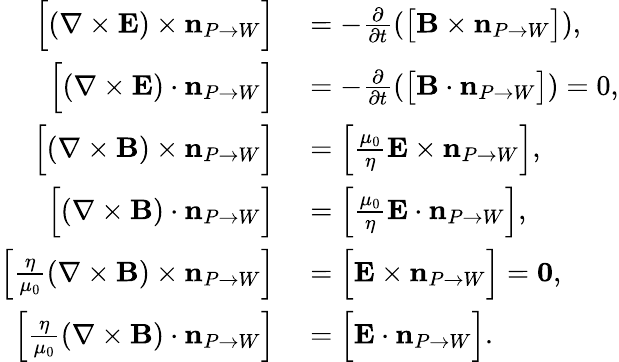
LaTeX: \begin{array}{rl}{{\Big[}(\nabla\times{\mathbf E})\times\mathbf{n}_{P\rightarrow W}{\Big]}}&{{}=-\frac{\partial}{\partial t}\left({\big[}{\mathbf B}\times\mathbf{n}_{P\rightarrow W}{\big]}\right),}\\ {{\Big[}(\nabla\times{\mathbf E})\cdot\mathbf{n}_{P\rightarrow W}{\Big]}}&{{}=-\frac{\partial}{\partial t}\left({\big[}{\mathbf B}\cdot\mathbf{n}_{P\rightarrow W}{\big]}\right)={0},}\\ {{\Big[}(\nabla\times{\mathbf B})\times\mathbf{n}_{P\rightarrow W}{\Big]}}&{{}={\Big[}\frac{\mu_{0}}{\eta}{\mathbf E}\times\mathbf{n}_{P\rightarrow W}{\Big]},}\\ {{\Big[}(\nabla\times{\mathbf B})\cdot\mathbf{n}_{P\rightarrow W}{\Big]}}&{{}={\Big[}\frac{\mu_{0}}{\eta}{\mathbf E}\cdot\mathbf{n}_{P\rightarrow W}{\Big]},}\\ {{\Big[}\frac{\eta}{\mu_{0}}(\nabla\times{\mathbf B})\times\mathbf{n}_{P\rightarrow W}{\Big]}}&{{}={\Big[}{\mathbf E}\times\mathbf{n}_{P\rightarrow W}{\Big]}=\mathbf{0},}\\ {{\Big[}\frac{\eta}{\mu_{0}}(\nabla\times{\mathbf B})\cdot\mathbf{n}_{P\rightarrow W}{\Big]}}&{{}={\Big[}{\mathbf E}\cdot\mathbf{n}_{P\rightarrow W}{\Big]}.}\end{array}